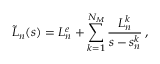
\tilde { L } _ { n } ( s ) = L _ { n } ^ { e } + \sum _ { k = 1 } ^ { N _ { M } } \frac { L _ { n } ^ { k } } { s - s _ { n } ^ { k } } \, ,